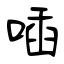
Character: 喢